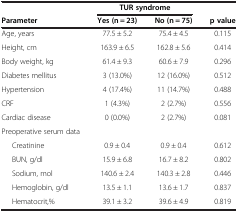
<table><thead><tr><td><b> </b></td><td colspan="2"><b>TUR syndrome</b></td><td><b> </b></td></tr><tr><td><b>Parameter</b></td><td><b>Yes (n = 23)</b></td><td><b>No (n = 75)</b></td><td><b>p value</b></td></tr></thead><tbody><tr><td>Age, years</td><td>77.5 ± 5.2</td><td>75.4 ± 4.5</td><td>0.115</td></tr><tr><td>Height, cm</td><td>163.9 ± 6.5</td><td>162.8 ± 5.6</td><td>0.414</td></tr><tr><td>Body weight, kg</td><td>61.4 ± 9.3</td><td>60.6 ± 7.9</td><td>0.296</td></tr><tr><td>Diabetes mellitus</td><td>3 (13.0%)</td><td>12 (16.0%)</td><td>0.512</td></tr><tr><td>Hypertension</td><td>4 (17.4%)</td><td>11 (14.7%)</td><td>0.488</td></tr><tr><td>CRF</td><td>1 (4.3%)</td><td>2 (2.7%)</td><td>0.556</td></tr><tr><td>Cardiac disease</td><td>0 (0.0%)</td><td>2 (2.7%)</td><td>0.081</td></tr><tr><td>Preoperative serum data</td><td> </td><td> </td><td> </td></tr><tr><td>Creatinine</td><td>0.9 ± 0.4</td><td>0.9 ± 0.4</td><td>0.612</td></tr><tr><td>BUN, g/dl</td><td>15.9 ± 6.8</td><td>16.7 ± 8.2</td><td>0.802</td></tr><tr><td>Sodium, mol</td><td>140.6 ± 2.4</td><td>140.3 ± 2.8</td><td>0.446</td></tr><tr><td>Hemoglobin, g/dl</td><td>13.5 ± 1.1</td><td>13.6 ± 1.7</td><td>0.837</td></tr><tr><td>Hematocrit,%</td><td>39.1 ± 3.2</td><td>39.6 ± 4.9</td><td>0.819</td></tr></tbody></table>